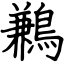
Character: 鶼